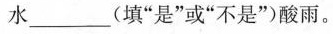
水___(填”是”或”不是”)酸雨。